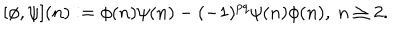
LaTeX: [ \phi , \psi ] ( n ) : = \phi ( n ) \psi ( n ) - ( - 1 ) ^ { p q } \psi ( n ) \phi ( n ) , \ n \geq 2 .